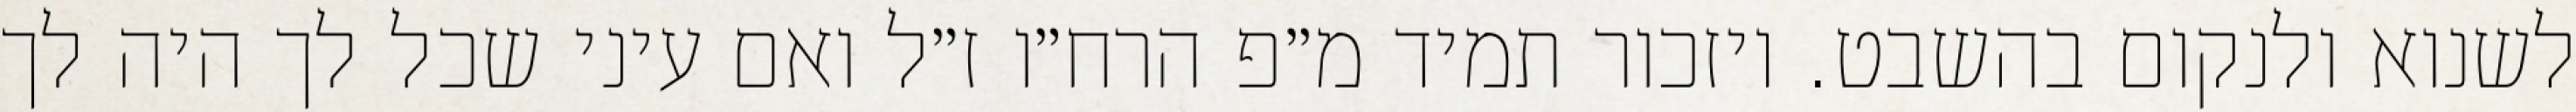
לשנוא ולנקום בהשבט. ויזכור תמיד מ״פ הרח״ו ז״ל ואם עיני שכל לך היה לך